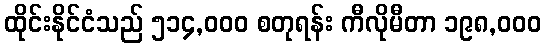
ထိုင်းနိုင်ငံသည် ၅၁၄,၀၀၀ စတုရန်း ကီလိုမီတာ ၁၉၈,၀၀၀